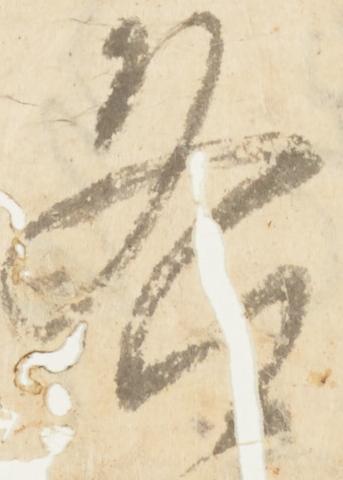
各